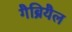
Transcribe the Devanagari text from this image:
गैब्रियैल